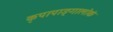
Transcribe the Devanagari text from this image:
कृपापाङ्गालोकं